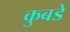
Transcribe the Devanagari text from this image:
कुबडे